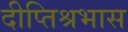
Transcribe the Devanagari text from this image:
दीप्तिश्रभास